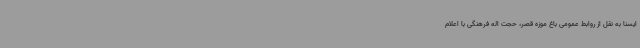
ایسنا به نقل از روابط عمومی باغ موزه قصر، حجت اله فرهنگی با اعلام